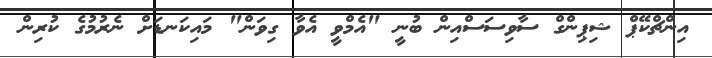
އިންޗްކޭޕް ޝިޕިންގް ސާވިސަސްއިން ބުނީ "އެމްވީ އެވާ ގިވަން" މައިކަނޑަށް ނެރުމުގެ ކުރިން